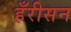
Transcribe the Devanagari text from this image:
हँरीसन